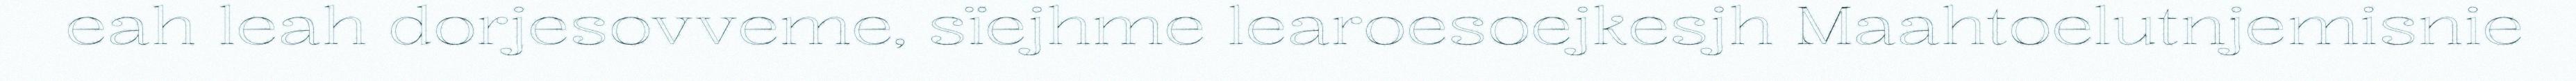
eah leah dorjesovveme, sïejhme learoesoejkesjh Maahtoelutnjemisnie